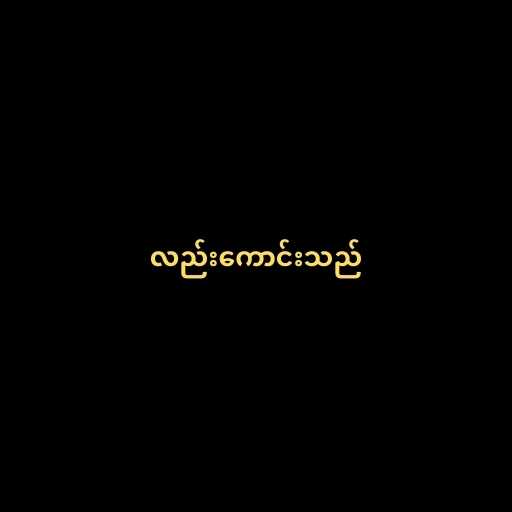
လည်းကောင်းသည်